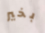
بخير